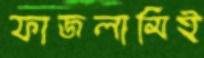
ফাজলামিই